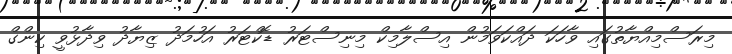
މިރަސްމިއްޔާތުގައި ވާހަކަ ދައްކަވަމުން އިސްލާމިކް މިނިސްޓަރު ޑޮކްޓަރު އަހުމަދު ޒިޔާދު ވިދާޅުވީ ކިންގް